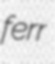
ferr